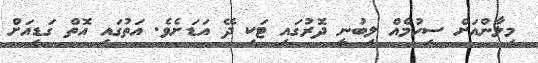
މިލާންއަށް ސިހުމެއް ލިބުނީ ދޮރުގައި ޓަކި ދޭ އަޑަށެވެ. އަތުގައި އޮތް ގަޑިއަށް